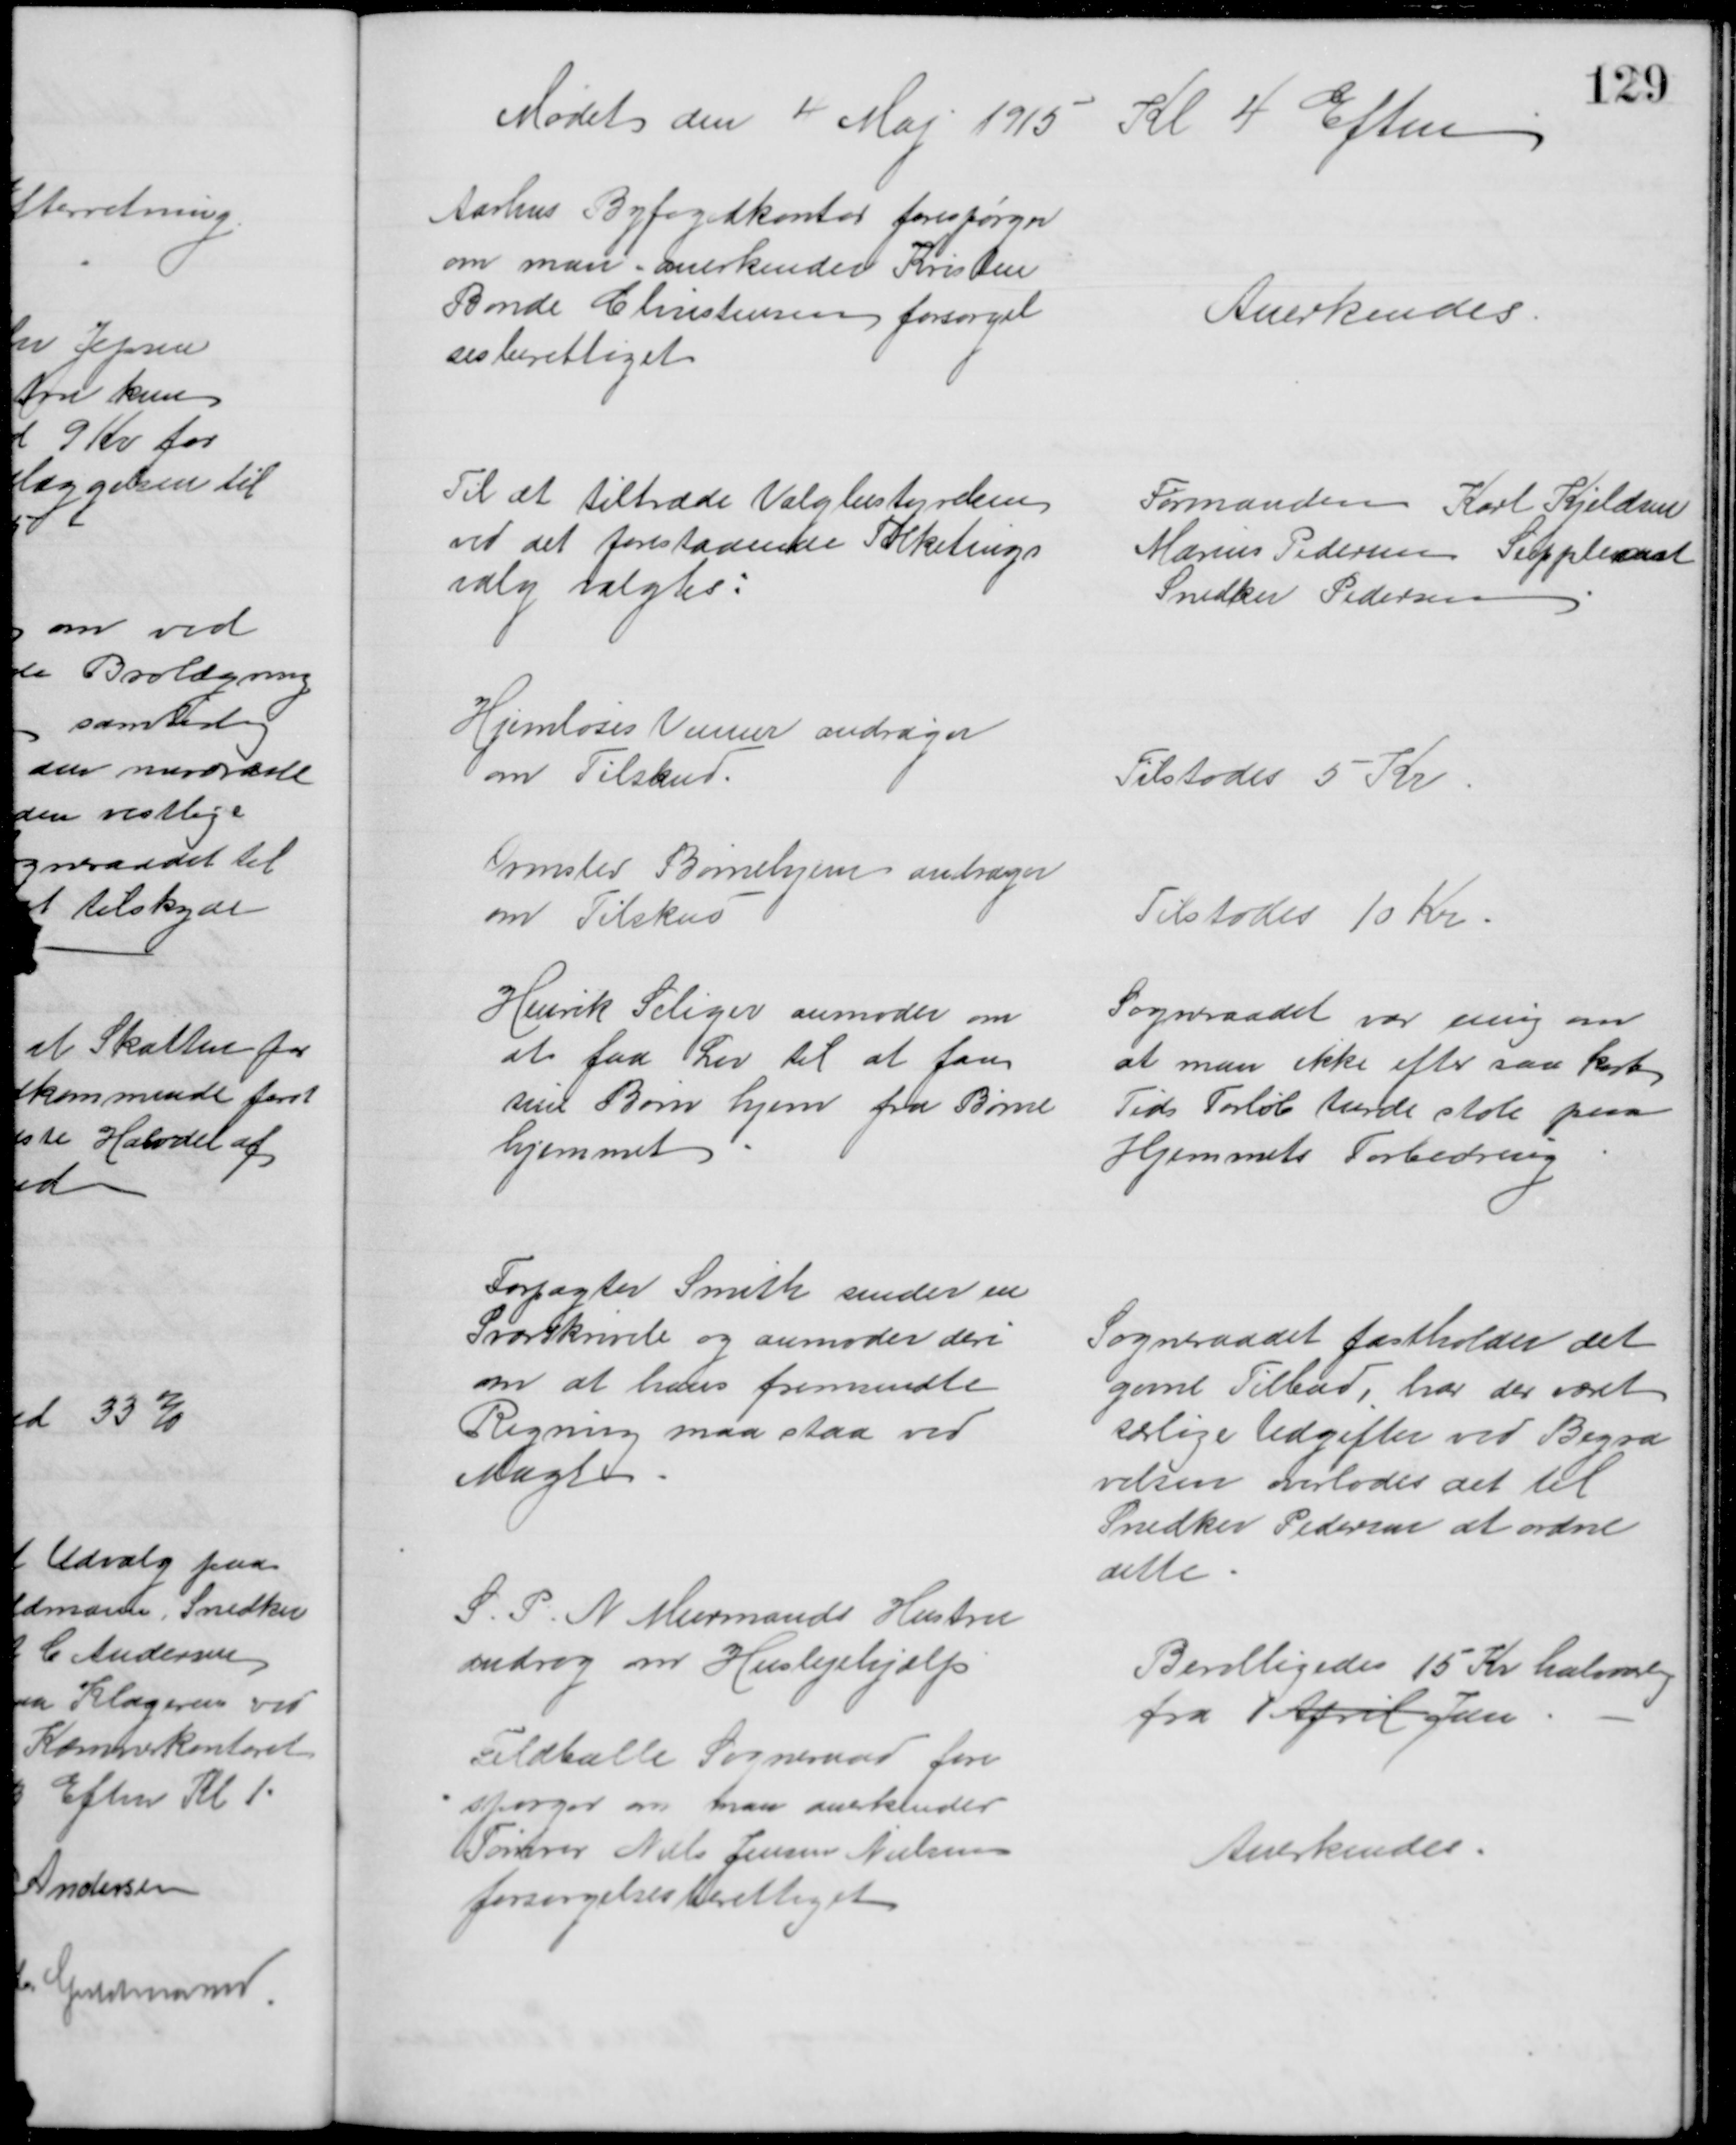
Transskription:
Mødet den 4 Maj 1915 Kl 4 Eftm
Aarhus Byfogedkontor forespørger
om man anerkender Kristen
Bonde Christensen forsørgel
sesberettiget
Anerkendes
Til at tiltræde Valgbestyrelsen
ved det forestaaende Folketings
valg valgtes:
Formanden Karl Kjeldsen
Marius Pedersen Suppleant
Snedker Pedersen
Hjemløses Venner andrager
om Tilskud
Tilstodes 5 Kr
Ormslev Børnehjem andrager
om Tilskud
Tilstodes 10 Kr
Henrik Seliger anmoder om
at faa Lov til at faa
sine Børn hjem fra Børne
hjemmet
Sogneraadet var enig om
at man ikke efter saa kort
Tids Forløb turde stole paa 
Hjemmets Forbedring
Forpagter Smith sender en
Svarskrivelse og anmoder deri
om at hans fremsendte
Regning maa staa ved
Magt
Sogneraadet fastholder det
givne Tilbud, har der været
særlige Udgifter ved Begra
velsen overlodes det til 
Snedker Pedersen at ordne
dette
S. P. N. Murmands Hustru
androg om Huslejehjælp
Bevilligedes 15 Kr halvaarlig
fra 1 April Juni
Feldballe Sogneraad fore
spørger om man anerkender
Tømrer Niels Jensen Nielsen
forsørgelsesberettiget
Anerkendes